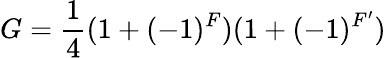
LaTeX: G=\frac{1}{4}(1+(-1)^{F})(1+(-1)^{F^{\prime}})